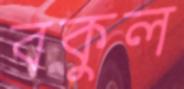
বকুল